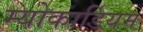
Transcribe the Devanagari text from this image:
म्योकार्डियम